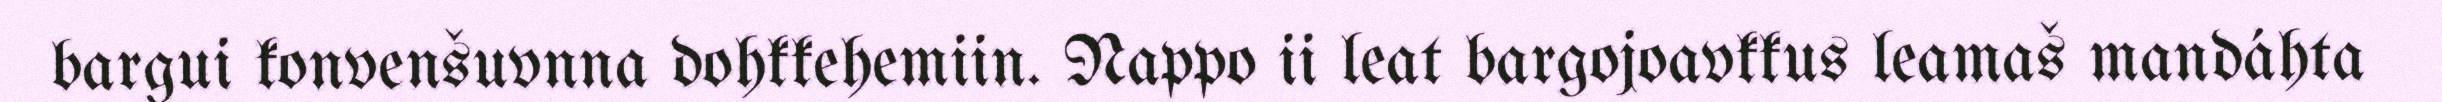
bargui konvenšuvnna dohkkehemiin. Nappo ii leat bargojoavkkus leamaš mandáhta